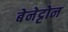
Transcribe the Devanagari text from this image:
बेनेट्टोन